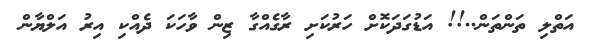
އަތްލި ތަންތަން..!! އަޑުގަދަކޮށް ހަރުކަށި ރާގެއްގާ ޒިން ވާހަކަ ދެއްކި އިރު އަލްޔާން